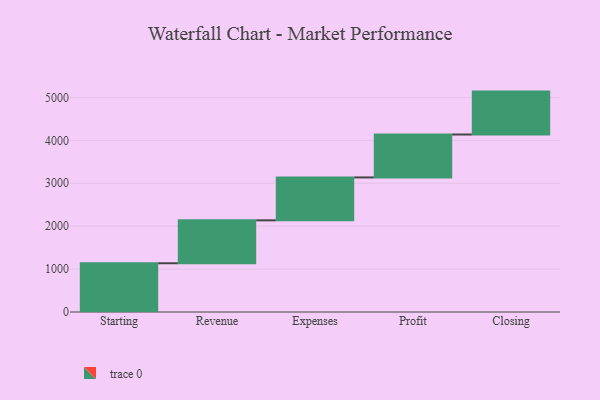
{"axis": {"x": "Step", "y": "Value"}, "legend": [""], "data": [{"x": "Starting", "y": 1136.0, "type": ""}, {"x": "Revenue", "y": 1000, "type": ""}, {"x": "Expenses", "y": 1000, "type": ""}, {"x": "Profit", "y": 1000, "type": ""}, {"x": "Closing", "y": 1000, "type": ""}]}